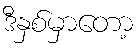
ဒီနှစ်မှာတော့